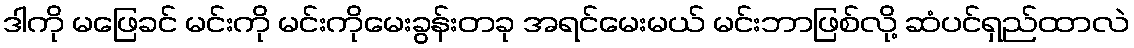
ဒါကို မဖြေခင် မင်းကို မင်းကိုမေးခွန်းတခု အရင်မေးမယ် မင်းဘာဖြစ်လို့ ဆံပင်ရှည်ထာလဲ